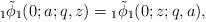
LaTeX: \begin{align*} {}_{1}\tilde{\phi}_{1}(0;a;q,z)={}_{1}\tilde{\phi}_{1}(0;z;q,a),\end{align*}